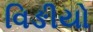
વિઙીયો